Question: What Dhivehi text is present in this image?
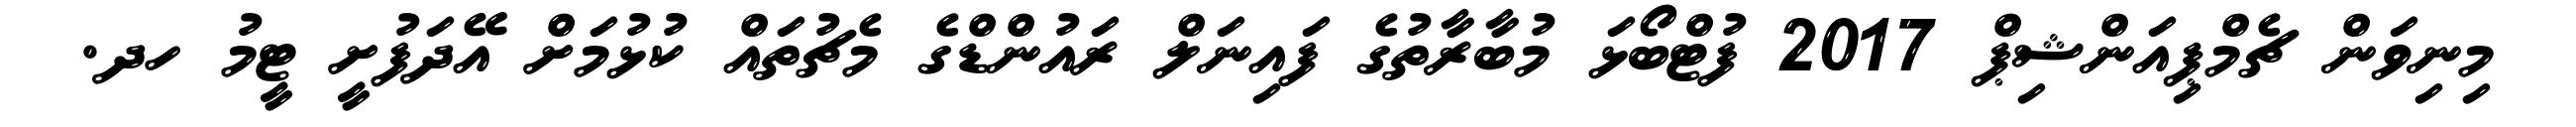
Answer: މިނިވަން ޗެމްޕިއަންޝިޕް 2017 ފުޓްބޯޅަ މުބާރާތުގެ ފައިނަލް ރައުންޑްގެ މެޗުތައް ކުޅުމަށް އޭދަފުށީ ޓީމު ހދ.